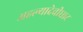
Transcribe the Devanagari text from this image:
अहल्यादेवीघाट